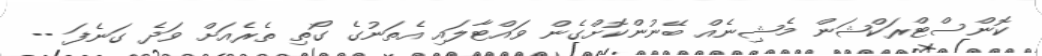
ކޮންސްޓްރަކްޝަން މެޝިނެއް ބޭނުންކޮށްގެން ވައްޓާލައި އެތަނުގެ ގޯތި ތެރެއަށް ވަދެ ގަނެފަ --